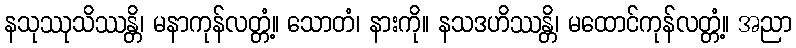
နသုဿုသိဿန္တိ၊ မနာကုန်လတ္တံ့။ သောတံ၊ နားကို။ နသဒဟိဿန္တိ၊ မထောင်ကုန်လတ္တံ့။ အညာ